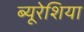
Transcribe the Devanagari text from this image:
ब्यूरेशिया